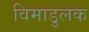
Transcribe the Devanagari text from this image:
विमाडुलक